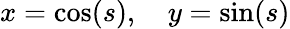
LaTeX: x=\cos(s),\quad y=\sin(s)